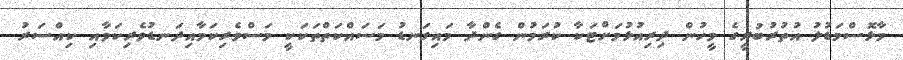
މާޅޮސްމަޑުލު އުތުރުބުރީގެ މީހުން ދިރިއުޅުމަށްޓަކާ ކުރަމުން ގެންދާ މައިގަނޑު މަސައްކަތްތަކަކީ މަސްވެރިކަމާއިދަނޑުވެރިކަމާއި ކިއްސަރު